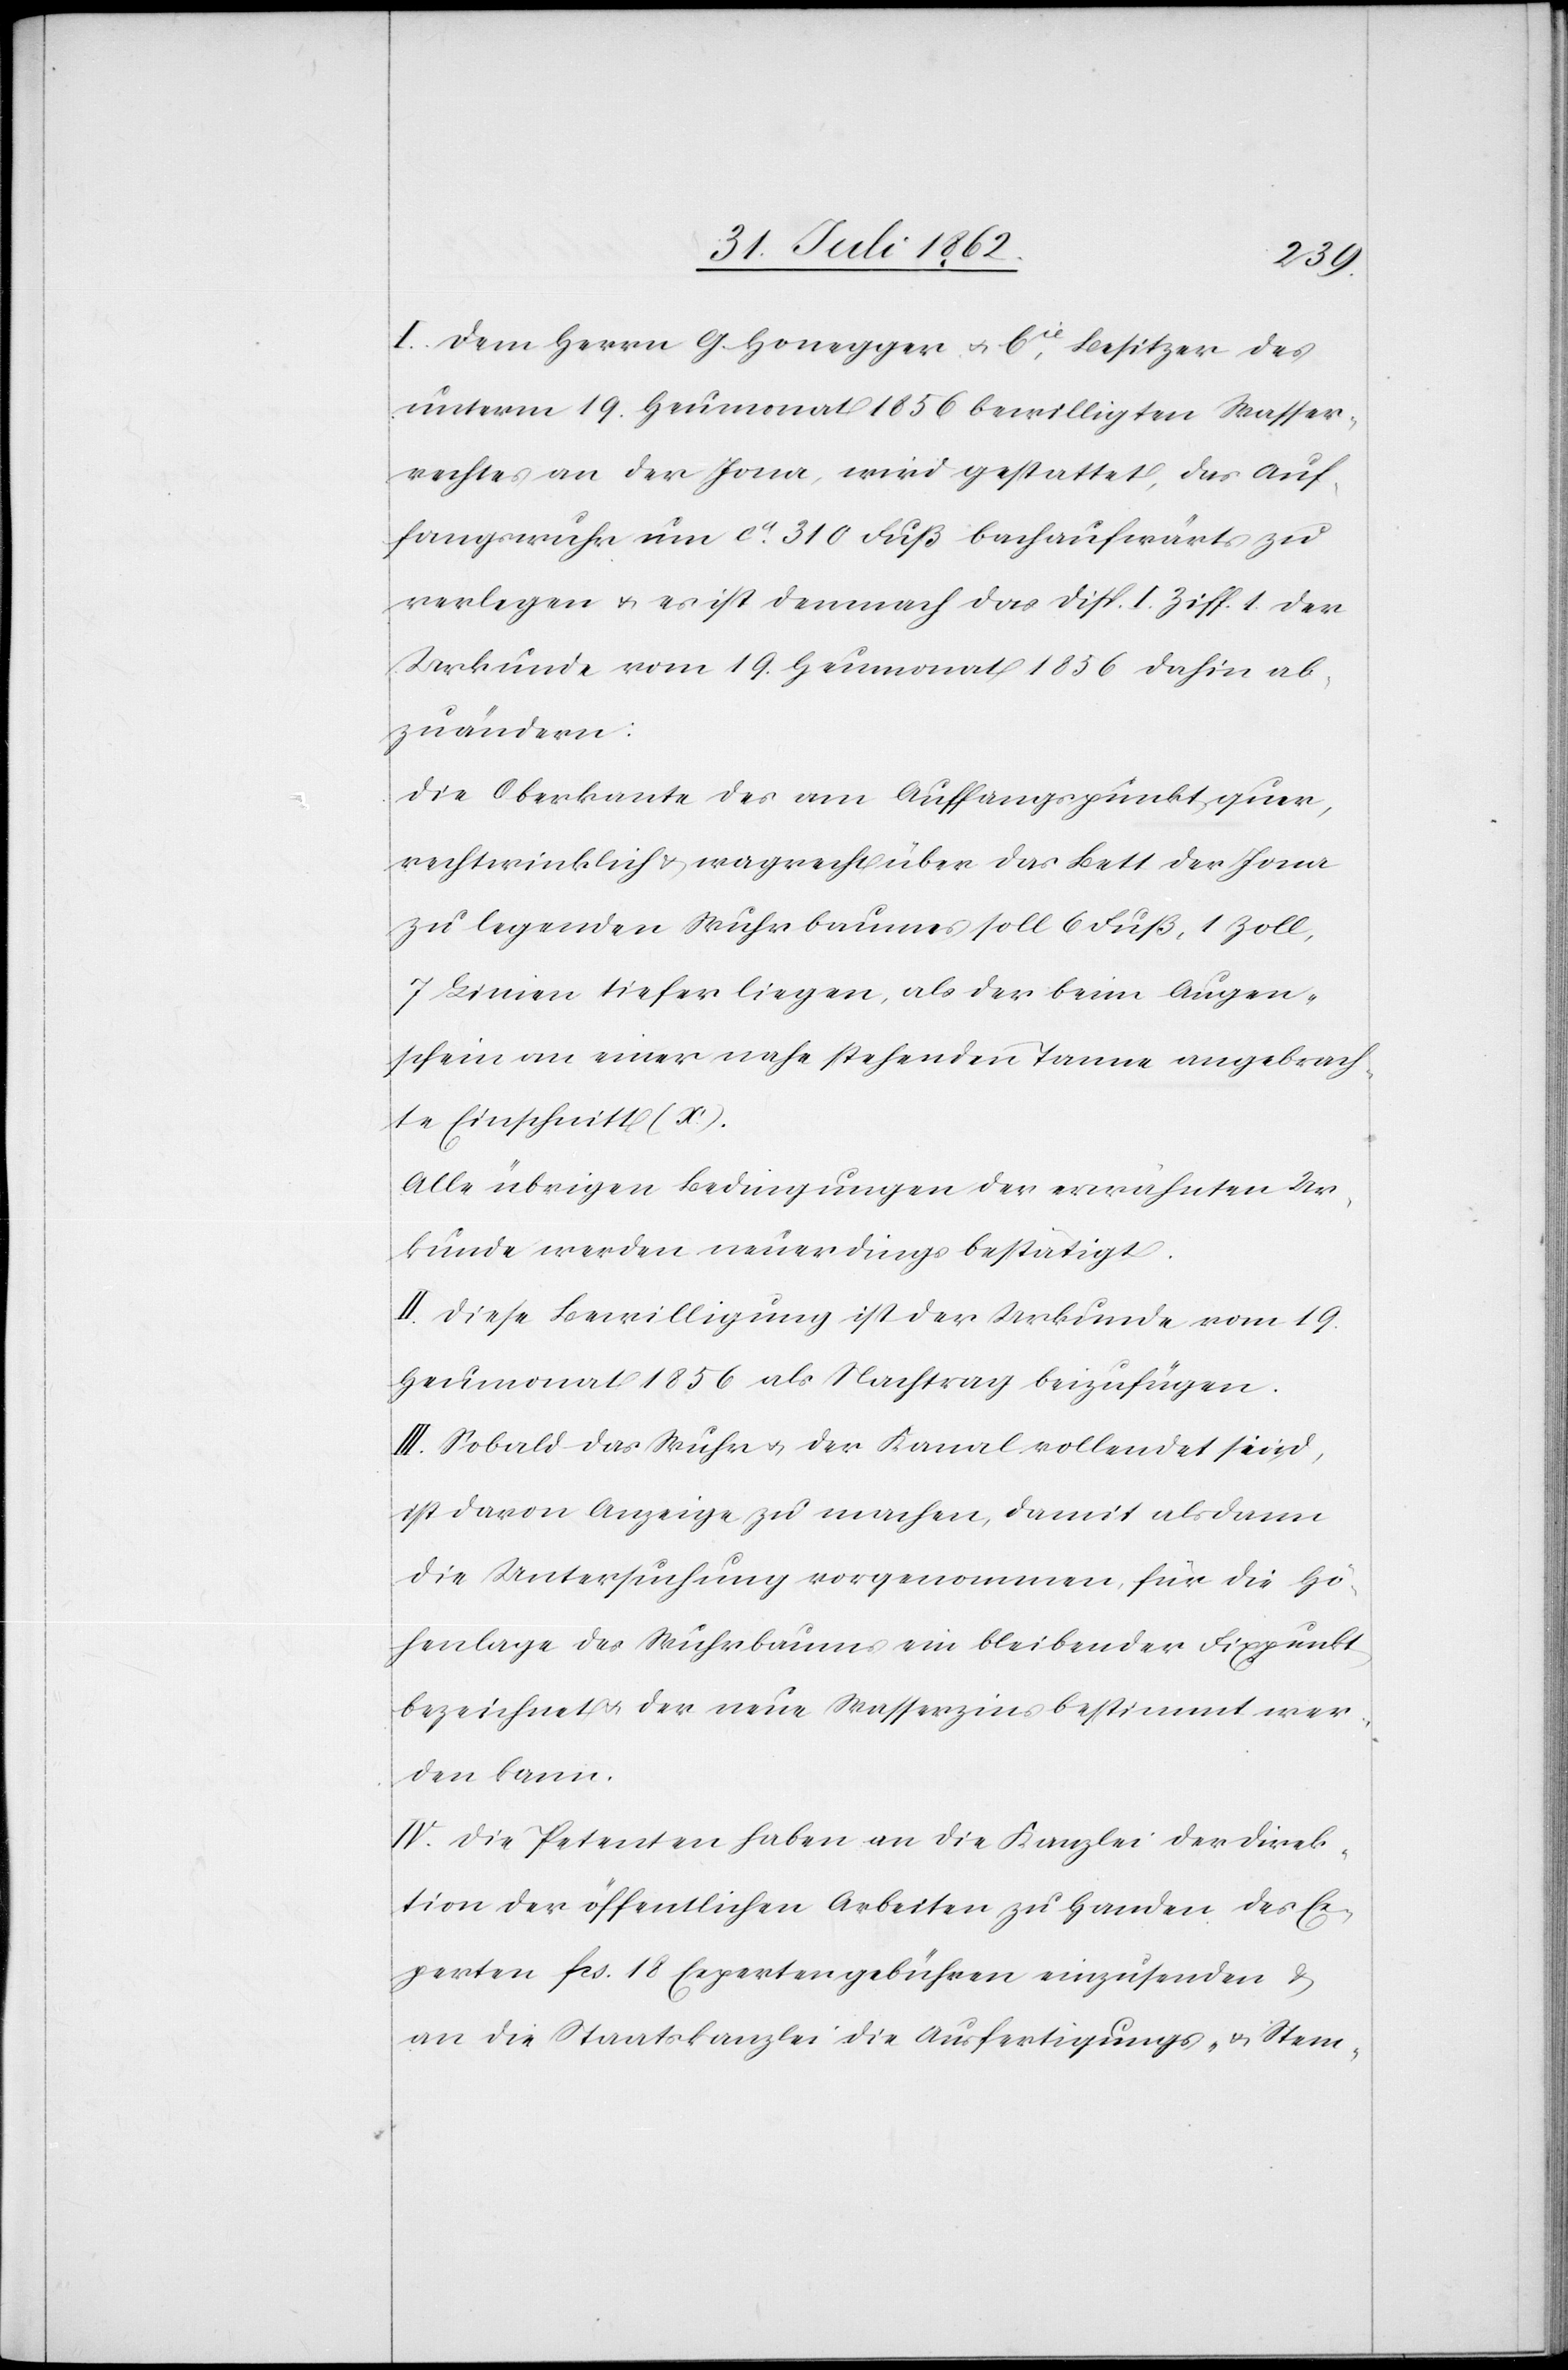
I. Dem Herrn G. Honegger u. Cie, Besitzer des
unterm 19. Heumonat 1856 bewilligten Wasser¬
rechtes an der Jona, wird gestattet, das Auf¬
fangswuhr um ca 310 Fuß bachaufwärts zu
verlegen u. es ist demnach das Disp. I. Ziff. 1 der
Urkunde vom 19. Heumonat 1856 dahin ab¬
zuändern:
Die Oberkante des am Auffangspunkt quer,
rechtwinklich u. waagrecht über das Bett der Jona
zu legenden Wuhrbaumes soll 6 Fuß, 1 Zoll,
7 Linien tiefer liegen, als der beim Augen¬
schein an einer nahe stehenden Tanne angebrach¬
te Einschnitt (x).
Alle übrigen Bedingungen der erwähnten Ur¬
kunde werden neuerdings bestätigt.
II. Diese Bewilligung ist der Urkunde vom 19.
Heumonat 1856 als Nachtrag beizufügen.
III. Sobald das Wuhr u. der Kanal vollendet sind,
ist davon Anzeige zu machen, damit alsdann
die Untersuchung vorgenommen, für die Hö¬
henlage des Wuhrbaumes ein bleibender Fixpunkt
bezeichnet u. der neue Wasserzins bestimmt wer¬
den kann.
IV. Die Petenten haben an die Kanzlei der Direk¬
tion der öffentlichen Arbeiten zu Handen des Ex¬
perten fcs. 18 Expertengebühren einzusenden u.
an die Staatskanzlei die Ausfertigungs- u. Stem-